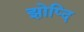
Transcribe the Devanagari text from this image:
झोप्दि